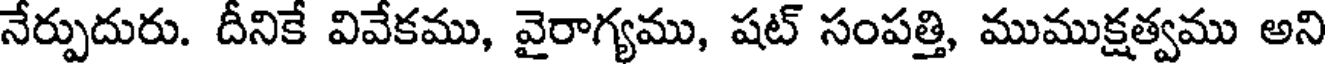
నేర్పుదురు. దీనికే వివేకము, వైరాగ్యము, షట్ సంపత్తి, ముముక్షత్వము అని